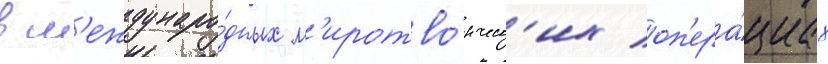
в м'еждунаро́дных м'иротво́рческ'их оп'ера́циах